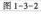
图1-3-2